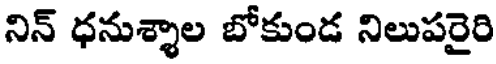
నిన్ ధనుశ్శాల బోకుండ నిలుపరైరి